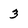
Character: 3